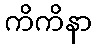
ကိကိနာ